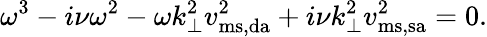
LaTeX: \omega^{3}-i\nu\omega^{2}-\omega k_{\perp}^{2}v_{\mathrm{ms,da}}^{2}+i\nu k_{\perp}^{2}v_{\mathrm{ms,sa}}^{2}=0.